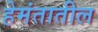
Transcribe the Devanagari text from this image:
हेमंतातील